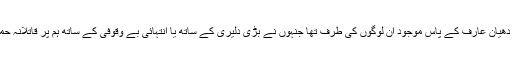
میرا سارا دھیان عارف کے پاس موجود ان لوگوں کی طرف تھا جنہوں نے بڑی دلیری کے ساتھ یا انتہائی بے وقوفی کے ساتھ ہم پر قاتلانہ حملہ کیا تھا۔